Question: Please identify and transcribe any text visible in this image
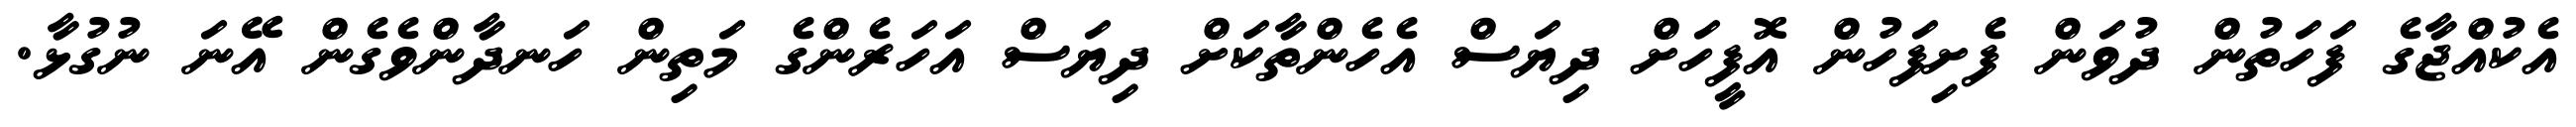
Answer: އެކުއްޖާގެ ފަހަތުން ދުވަން ފެށިފަހުން އޮފީހަށް ދިޔަސް އެހެންތާކަށް ދިޔަސް އަހަރެންގެ މަތިން ހަނދާންވެގެން އޭނަ ނުގުޅާ.